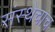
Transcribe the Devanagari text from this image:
संस्थेचाच